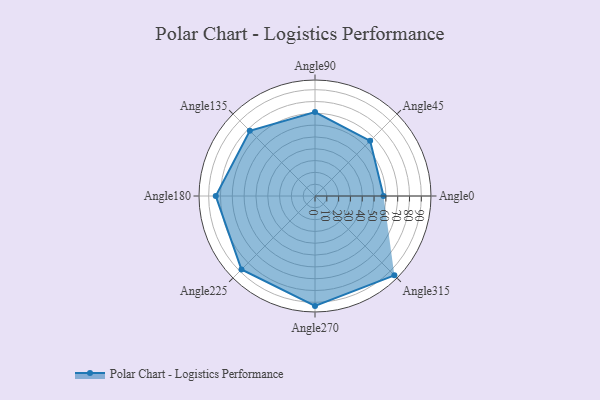
{"axis": {"x": "Angle", "y": "Radius"}, "legend": [""], "data": [{"x": "Angle0", "y": 58.0, "type": ""}, {"x": "Angle45", "y": 66.0, "type": ""}, {"x": "Angle90", "y": 71.0, "type": ""}, {"x": "Angle135", "y": 78.0, "type": ""}, {"x": "Angle180", "y": 84.0, "type": ""}, {"x": "Angle225", "y": 88.0, "type": ""}, {"x": "Angle270", "y": 93.0, "type": ""}, {"x": "Angle315", "y": 95.0, "type": ""}]}